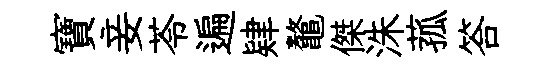
寶妾苓遍肄鼇傑洙菰答